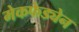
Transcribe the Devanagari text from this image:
मेकफेड्येन